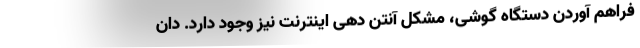
فراهم آوردن دستگاه گوشی، مشکل آنتن دهی اینترنت نیز وجود دارد. دان